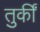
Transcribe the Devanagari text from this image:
तुर्कीं